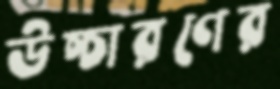
উচ্চারণের